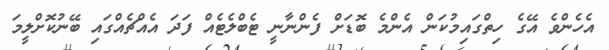
އެހެންވެ އޭގެ ހިތްގައިމުކަން އެންމެ ބޮޑަށް ފެންނާނީ ޓެބްލެޓެއް ފަދަ އެއްޗެއްގައި ބޭނުކޮށްލީމަ